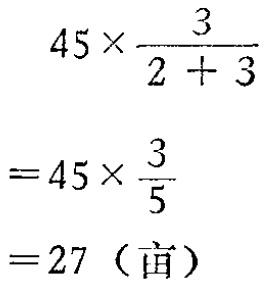
母线长为\(1\)的圆锥体积最大时，其侧面展开图的圆心角\(\varphi\)等于（  ）